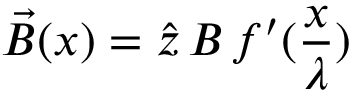
\vec { B } ( x ) = \hat { z } \, B \, f ^ { \prime } ( \frac { x } { \lambda } )